Civil Veterinary Department. Madras. Admin. report 1926-33 - 1926-1933
Year: 1926
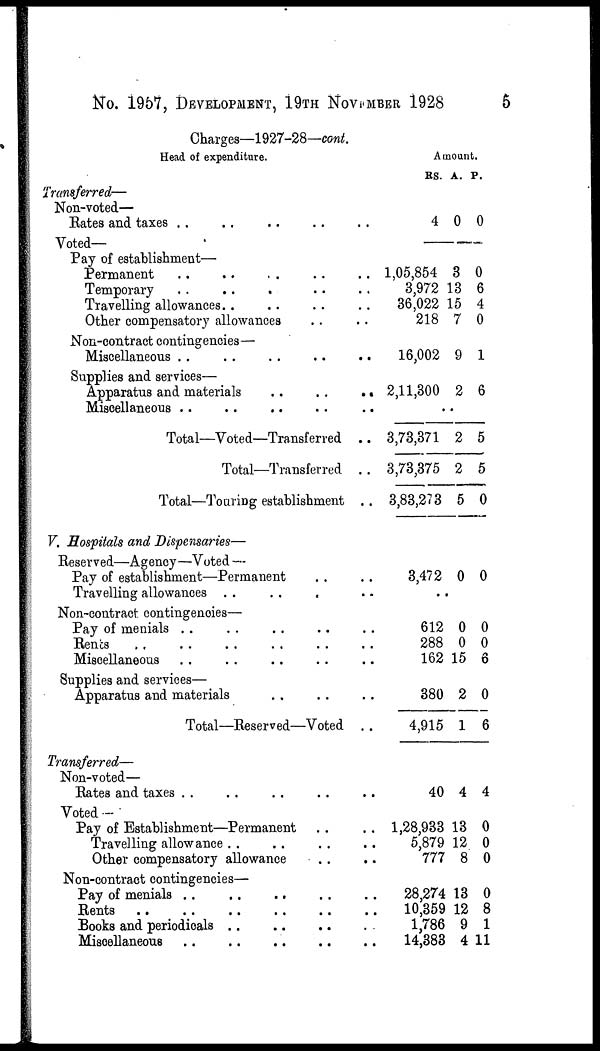
No. 1957, DEVELOPMENT, 19TH NOVEMBER 1928
5
Charges—1927-28—cont.
Head of expenditure.
Transferred—
Non-voted—
Bates and taxes .. .. .. .. ..
Voted—
Pay of establishment—
Permanent .. .. .. .. ..
Temporary .. .. .. .. ..
Travelling allowances. . .. .. ..
Other compensatory allowances .. ..
Non-contract contingencies—
Miscellaneous .. .. .. .. ..
Supplies and services—
Apparatus and materials
..
.. .. ..
Miscellaneous .. .. .. .. ..
Total—Voted—Transferred ..
Total—Transferred ..
Total—Touring establishment ..
V. Hospitals and Dispensaries—
Reserved—Agency—Voted —
Pay of establishment—Permanent .. ..
Travelling allowances .. .. .. ..
Non-contract contingencies—
Pay of menials .. .. .. .. .. ..
Rents .. .. .. .. .. ..
Miscellaneous .. .. .. .. ..
Supplies and services—
Apparatus and materials .. .. ..
Total—Reserved—Voted ..
Transferred—
Non-voted—
Bates and taxes .. .. .. .. ..
Voted -
Pay of Establishment—Permanent .. ..
Travelling allowance .. .. .. ..
Other compensatory allowance .. ..
Non-contract contingencies—
Pay of menials .. .. .. .. ..
Rents .. .. .. .. ..
Books and periodicals .. .. .. ..
Miscellaneous .. .. .. .. ..
Amount.
RS.
4
1,05,854
3,972
36,022
218
16,002
2,11,300
3,73,371
3,73,375
3,83,273
3,472
612
288
162
380
4,915
40
1,28,933
5,879
777
28,274
10,359
1,786
14,383
A.
0
3
13
15
7
9
2
2
2
5
0
0
0
15
2
1
4
13
12
8
13
12
9
4
P.
0
0
6
4
0
1
6
5
5
0
0
0
0
6
0
6
4
0
0
0
0
8
1
11